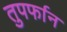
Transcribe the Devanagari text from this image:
तुपर्फान